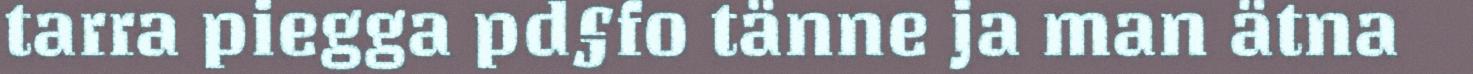
tarra piegga pd§fo tänne ja man ätna